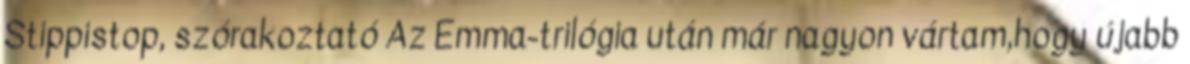
Stippistop, szórakoztató Az Emma-trilógia után már nagyon vártam,hogy újabb